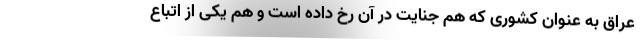
عراق به عنوان کشوری که هم جنایت در آن رخ داده است و هم یکی از اتباع